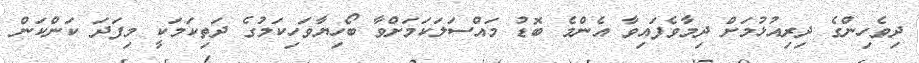
ދިވެހިންގެ ދިރިއުޅުމަށް ދިމާވެފައިވާ އެންމެ ބޮޑު މައްސަލަކަމަށްވާ ބޯހިޔާވަހިކަމުގެ ދަތިކަމަކީ މިފަދަ ކަންކަން